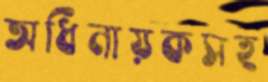
অধিনায়কসহ